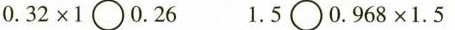
$$0 . 3 2 \times 1 \bigcirc 0 . 2 6$$